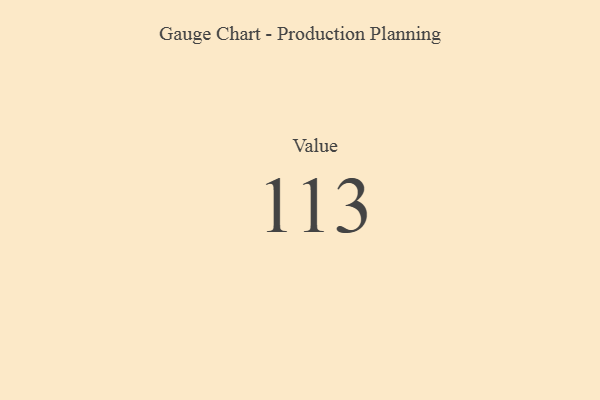
{"axis": {"x": "Metric", "y": "Value"}, "legend": [""], "data": [{"x": "Value", "y": 113, "type": ""}]}